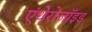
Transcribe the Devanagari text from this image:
एंथेरोजॉइड